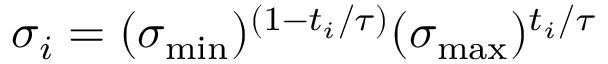
\sigma _ { i } = ( \sigma _ { \operatorname* { m i n } } ) ^ { ( 1 - t _ { i } / \tau ) } ( \sigma _ { \operatorname* { m a x } } ) ^ { t _ { i } / \tau }